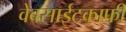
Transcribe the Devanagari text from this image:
वेबसाईटकाफी